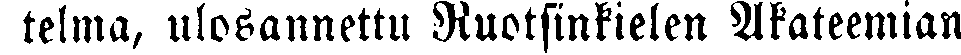
telma, ulosannettu Ruotsinkielen Akateemian